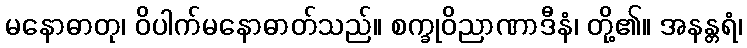
မနောဓာတု၊ ဝိပါက်မနောဓာတ်သည်။ စက္ခုဝိညာဏာဒီနံ၊ တို့၏။ အနန္တရံ၊